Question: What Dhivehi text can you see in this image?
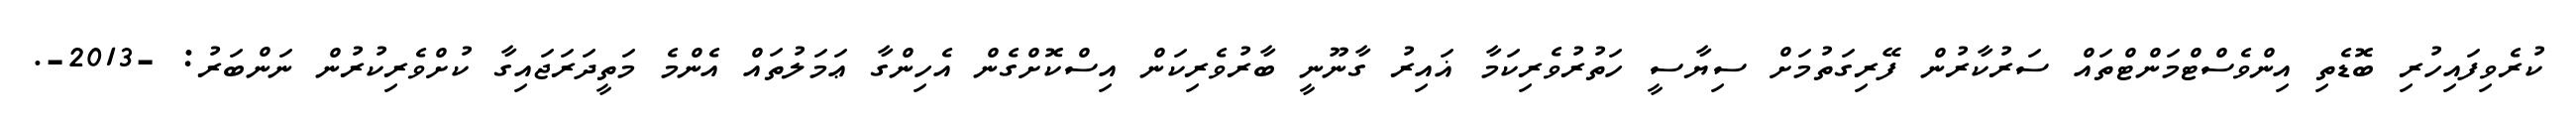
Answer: ކުރެވިފައިހުރި ބޮޑެތި އިންވެސްޓްމަންޓްތައް ސަރުކާރުން ފޭރިގަތުމަށް ސިޔާސީ ހަތުރުވެރިކަމާ ޣައިރު ގާނޫނީ ބާރުވެރިކަން އިސްކޮށްގެން އެހިންގާ ޢަމަލުތައް އެންމެ މަތީދަރަޖައިގާ ކުށްވެރިކުރުން ނަންބަރު: -2013-.